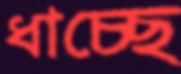
ধাচ্ছে